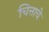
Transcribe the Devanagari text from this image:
चित्ताचे